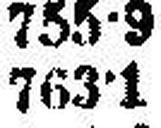
763·1